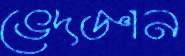
ভেদজ্ঞান